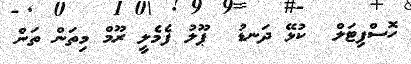
ހޮސްޕިޓަލް  ކުޅޭ ދަނޑު  ޕޫލު ފެމެލީ ރޫމް މިތަން ތަން